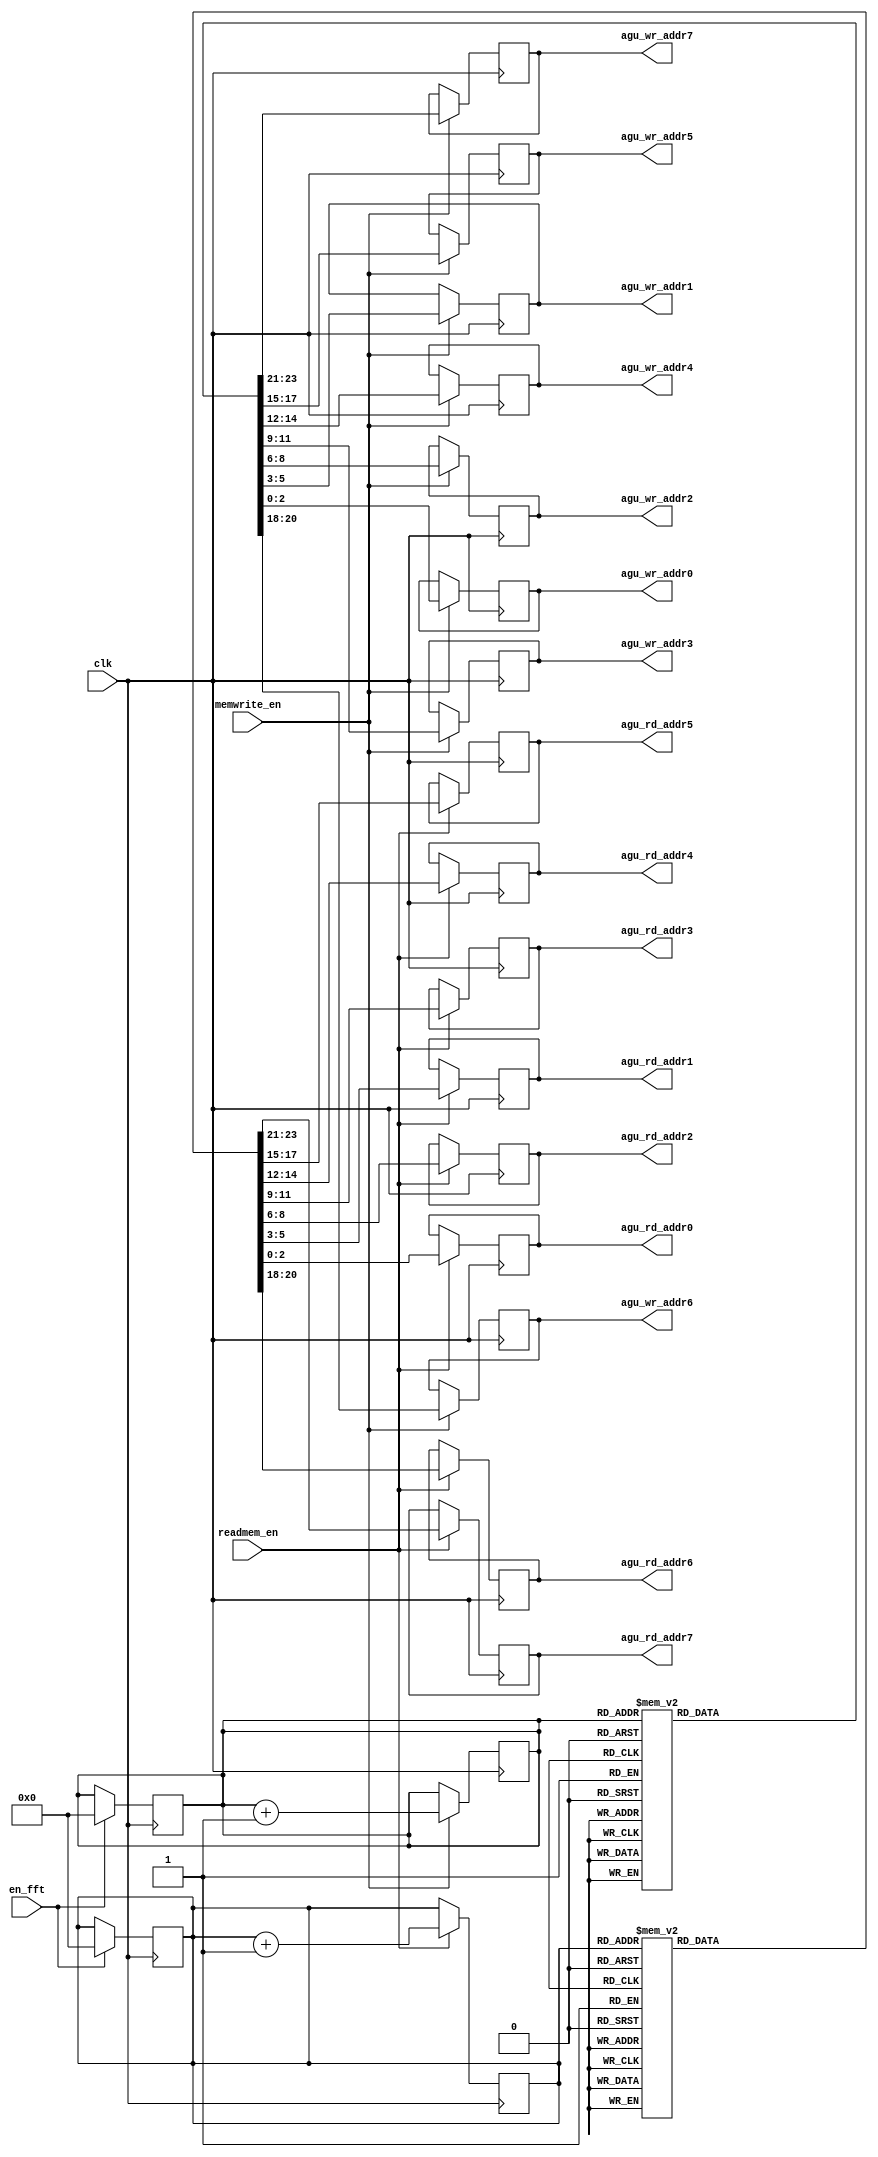
/*
-- Arish Alreja: ECE 4902 Special Problems Spring 2006
-- School of Electrical & Computer Engineering
-- Georgia Institute of Technology
-- Atlanta, GA 30332
--
-- 64 point FFT Processor 
--		
-- Address Generation Module */

module agu(
            clk,
            en_fft,
            readmem_en,
            memwrite_en,
            agu_rd_addr0,
            agu_rd_addr1,
            agu_rd_addr2,
            agu_rd_addr3,
            agu_rd_addr4,
            agu_rd_addr5,
            agu_rd_addr6,
            agu_rd_addr7,
            agu_wr_addr0,
            agu_wr_addr1,
            agu_wr_addr2,
            agu_wr_addr3,
            agu_wr_addr4,
            agu_wr_addr5,
            agu_wr_addr6,
            agu_wr_addr7
);

input clk;
input readmem_en;
input memwrite_en;
input en_fft;

output [2:0] agu_rd_addr0;
output [2:0] agu_rd_addr1;
output [2:0] agu_rd_addr2;
output [2:0] agu_rd_addr3;
output [2:0] agu_rd_addr4;
output [2:0] agu_rd_addr5;
output [2:0] agu_rd_addr6;
output [2:0] agu_rd_addr7;

output [2:0] agu_wr_addr0;
output [2:0] agu_wr_addr1;
output [2:0] agu_wr_addr2;
output [2:0] agu_wr_addr3;
output [2:0] agu_wr_addr4;
output [2:0] agu_wr_addr5;
output [2:0] agu_wr_addr6;
output [2:0] agu_wr_addr7;


reg [3:0] counter_read;
reg [3:0] counter_write;
reg [2:0] agu_read  [7:0];
reg [2:0] agu_write [7:0];

always @(posedge clk)
begin 
if (en_fft)
 begin
 counter_read = 4'b0000;
 counter_write = 4'b0000;
 end
end

always @(negedge clk)
begin
if (readmem_en)
begin
    case(counter_read)
            4'h0: begin
                  agu_read[0]<=3'h0;
                  agu_read[1]<=3'h1;
                  agu_read[2]<=3'h2;
                  agu_read[3]<=3'h3;
                  agu_read[4]<=3'h4;
                  agu_read[5]<=3'h5;
                  agu_read[6]<=3'h6;
                  agu_read[7]<=3'h7;
                  end

            4'h1: begin
                  agu_read[0]<=3'h7;
                  agu_read[1]<=3'h0;
                  agu_read[2]<=3'h1;
                  agu_read[3]<=3'h2;
                  agu_read[4]<=3'h3;
                  agu_read[5]<=3'h4;
                  agu_read[6]<=3'h5;
                  agu_read[7]<=3'h6;
              end

            4'h2: begin
                  agu_read[0]<=3'h6;
                  agu_read[1]<=3'h7;
                  agu_read[2]<=3'h0;
                  agu_read[3]<=3'h1;
                  agu_read[4]<=3'h2;
                  agu_read[5]<=3'h3;
                  agu_read[6]<=3'h4;
                  agu_read[7]<=3'h5;
                  end

            4'h3: begin
                  agu_read[0]<=3'h5;
                  agu_read[1]<=3'h6;
                  agu_read[2]<=3'h7;
                  agu_read[3]<=3'h0;
                  agu_read[4]<=3'h1;
                  agu_read[5]<=3'h2;
                  agu_read[6]<=3'h3;
                  agu_read[7]<=3'h4;
                  end

            4'h4: begin
                  agu_read[0]<=3'h4;
                  agu_read[1]<=3'h5;
                  agu_read[2]<=3'h6;
                  agu_read[3]<=3'h7;
                  agu_read[4]<=3'h0;
                  agu_read[5]<=3'h1;
                  agu_read[6]<=3'h2;
                  agu_read[7]<=3'h3;
                  end

            4'h5: begin
                  agu_read[0]<=3'h3;
                  agu_read[1]<=3'h4;
                  agu_read[2]<=3'h5;
                  agu_read[3]<=3'h6;
                  agu_read[4]<=3'h7;
                  agu_read[5]<=3'h0;
                  agu_read[6]<=3'h1;
                  agu_read[7]<=3'h2;
                  end

            4'h6: begin
                  agu_read[0]<=3'h2;
                  agu_read[1]<=3'h3;
                  agu_read[2]<=3'h4;
                  agu_read[3]<=3'h5;
                  agu_read[4]<=3'h6;
                  agu_read[5]<=3'h7;
                  agu_read[6]<=3'h0;
                  agu_read[7]<=3'h1;
                  end

            4'h7: begin
                  agu_read[0]<=3'h1;
                  agu_read[1]<=3'h2;
                  agu_read[2]<=3'h3;
                  agu_read[3]<=3'h4;
                  agu_read[4]<=3'h5;
                  agu_read[5]<=3'h6;
                  agu_read[6]<=3'h7;
                  agu_read[7]<=3'h0;
                  end
                  
            4'h8: begin
                  agu_read[0]<=3'h0;
                  agu_read[1]<=3'h0;
                  agu_read[2]<=3'h0;
                  agu_read[3]<=3'h0;
                  agu_read[4]<=3'h0;
                  agu_read[5]<=3'h0;
                  agu_read[6]<=3'h0;
                  agu_read[7]<=3'h0;
                  end
                  
            4'h9: begin
                  agu_read[0]<=3'h1;
                  agu_read[1]<=3'h1;
                  agu_read[2]<=3'h1;
                  agu_read[3]<=3'h1;
                  agu_read[4]<=3'h1;
                  agu_read[5]<=3'h1;
                  agu_read[6]<=3'h1;
                  agu_read[7]<=3'h1;
                  end
                  
            4'ha: begin
                  agu_read[0]<=3'h2;
                  agu_read[1]<=3'h2;
                  agu_read[2]<=3'h2;
                  agu_read[3]<=3'h2;
                  agu_read[4]<=3'h2;
                  agu_read[5]<=3'h2;
                  agu_read[6]<=3'h2;
                  agu_read[7]<=3'h2;
                  end

            4'hb: begin
                  agu_read[0]<=3'h3;
                  agu_read[1]<=3'h3;
                  agu_read[2]<=3'h3;
                  agu_read[3]<=3'h3;
                  agu_read[4]<=3'h3;
                  agu_read[5]<=3'h3;
                  agu_read[6]<=3'h3;
                  agu_read[7]<=3'h3;
            end

            4'hc:begin
                  agu_read[0]<=3'h4;
                  agu_read[1]<=3'h4;
                  agu_read[2]<=3'h4;
                  agu_read[3]<=3'h4;
                  agu_read[4]<=3'h4;
                  agu_read[5]<=3'h4;
                  agu_read[6]<=3'h4;
                  agu_read[7]<=3'h4;
                  end

            4'hd:begin
                  agu_read[0]<=3'h5;
                  agu_read[1]<=3'h5;
                  agu_read[2]<=3'h5;
                  agu_read[3]<=3'h5;
                  agu_read[4]<=3'h5;
                  agu_read[5]<=3'h5;
                  agu_read[6]<=3'h5;
                  agu_read[7]<=3'h5;
                  end
            
            4'he:begin
                  agu_read[0]<=3'h6;
                  agu_read[1]<=3'h6;
                  agu_read[2]<=3'h6;
                  agu_read[3]<=3'h6;
                  agu_read[4]<=3'h6;
                  agu_read[5]<=3'h6;
                  agu_read[6]<=3'h6;
                  agu_read[7]<=3'h6;
                  end

            4'hf:begin
                  agu_read[0]<=3'h7;
                  agu_read[1]<=3'h7;
                  agu_read[2]<=3'h7;
                  agu_read[3]<=3'h7;
                  agu_read[4]<=3'h7;
                  agu_read[5]<=3'h7;
                  agu_read[6]<=3'h7;
                  agu_read[7]<=3'h7;
                  end
    endcase
    counter_read<=counter_read+1;
end
end

always @(negedge clk)
begin
if (memwrite_en)
begin
    case(counter_write)
            4'h0: begin
                  agu_write[0]<=3'h0;
                  agu_write[1]<=3'h1;
                  agu_write[2]<=3'h2;
                  agu_write[3]<=3'h3;
                  agu_write[4]<=3'h4;
                  agu_write[5]<=3'h5;
                  agu_write[6]<=3'h6;
                  agu_write[7]<=3'h7;
                  end

            4'h1: begin
                  agu_write[0]<=3'h7;
                  agu_write[1]<=3'h0;
                  agu_write[2]<=3'h1;
                  agu_write[3]<=3'h2;
                  agu_write[4]<=3'h3;
                  agu_write[5]<=3'h4;
                  agu_write[6]<=3'h5;
                  agu_write[7]<=3'h6;
              end

            4'h2: begin
                  agu_write[0]<=3'h6;
                  agu_write[1]<=3'h7;
                  agu_write[2]<=3'h0;
                  agu_write[3]<=3'h1;
                  agu_write[4]<=3'h2;
                  agu_write[5]<=3'h3;
                  agu_write[6]<=3'h4;
                  agu_write[7]<=3'h5;
                  end

            4'h3: begin
                  agu_write[0]<=3'h5;
                  agu_write[1]<=3'h6;
                  agu_write[2]<=3'h7;
                  agu_write[3]<=3'h0;
                  agu_write[4]<=3'h1;
                  agu_write[5]<=3'h2;
                  agu_write[6]<=3'h3;
                  agu_write[7]<=3'h4;
                  end

            4'h4: begin
                  agu_write[0]<=3'h4;
                  agu_write[1]<=3'h5;
                  agu_write[2]<=3'h6;
                  agu_write[3]<=3'h7;
                  agu_write[4]<=3'h0;
                  agu_write[5]<=3'h1;
                  agu_write[6]<=3'h2;
                  agu_write[7]<=3'h3;
                  end

            4'h5: begin
                  agu_write[0]<=3'h3;
                  agu_write[1]<=3'h4;
                  agu_write[2]<=3'h5;
                  agu_write[3]<=3'h6;
                  agu_write[4]<=3'h7;
                  agu_write[5]<=3'h0;
                  agu_write[6]<=3'h1;
                  agu_write[7]<=3'h2;
                  end

            4'h6: begin
                  agu_write[0]<=3'h2;
                  agu_write[1]<=3'h3;
                  agu_write[2]<=3'h4;
                  agu_write[3]<=3'h5;
                  agu_write[4]<=3'h6;
                  agu_write[5]<=3'h7;
                  agu_write[6]<=3'h0;
                  agu_write[7]<=3'h1;
                  end

            4'h7: begin
                  agu_write[0]<=3'h1;
                  agu_write[1]<=3'h2;
                  agu_write[2]<=3'h3;
                  agu_write[3]<=3'h4;
                  agu_write[4]<=3'h5;
                  agu_write[5]<=3'h6;
                  agu_write[6]<=3'h7;
                  agu_write[7]<=3'h0;
                  end
                  
            4'h8: begin
                  agu_write[0]<=3'h0;
                  agu_write[1]<=3'h0;
                  agu_write[2]<=3'h0;
                  agu_write[3]<=3'h0;
                  agu_write[4]<=3'h0;
                  agu_write[5]<=3'h0;
                  agu_write[6]<=3'h0;
                  agu_write[7]<=3'h0;
                  end
                  
            4'h9: begin
                  agu_write[0]<=3'h1;
                  agu_write[1]<=3'h1;
                  agu_write[2]<=3'h1;
                  agu_write[3]<=3'h1;
                  agu_write[4]<=3'h1;
                  agu_write[5]<=3'h1;
                  agu_write[6]<=3'h1;
                  agu_write[7]<=3'h1;
                  end
                  
            4'ha: begin
                  agu_write[0]<=3'h2;
                  agu_write[1]<=3'h2;
                  agu_write[2]<=3'h2;
                  agu_write[3]<=3'h2;
                  agu_write[4]<=3'h2;
                  agu_write[5]<=3'h2;
                  agu_write[6]<=3'h2;
                  agu_write[7]<=3'h2;
                  end

            4'hb: begin
                  agu_write[0]<=3'h3;
                  agu_write[1]<=3'h3;
                  agu_write[2]<=3'h3;
                  agu_write[3]<=3'h3;
                  agu_write[4]<=3'h3;
                  agu_write[5]<=3'h3;
                  agu_write[6]<=3'h3;
                  agu_write[7]<=3'h3;
            end

            4'hc:begin
                  agu_write[0]<=3'h4;
                  agu_write[1]<=3'h4;
                  agu_write[2]<=3'h4;
                  agu_write[3]<=3'h4;
                  agu_write[4]<=3'h4;
                  agu_write[5]<=3'h4;
                  agu_write[6]<=3'h4;
                  agu_write[7]<=3'h4;
                  end

            4'hd:begin
                  agu_write[0]<=3'h5;
                  agu_write[1]<=3'h5;
                  agu_write[2]<=3'h5;
                  agu_write[3]<=3'h5;
                  agu_write[4]<=3'h5;
                  agu_write[5]<=3'h5;
                  agu_write[6]<=3'h5;
                  agu_write[7]<=3'h5;
                  end
            
            4'he:begin
                  agu_write[0]<=3'h6;
                  agu_write[1]<=3'h6;
                  agu_write[2]<=3'h6;
                  agu_write[3]<=3'h6;
                  agu_write[4]<=3'h6;
                  agu_write[5]<=3'h6;
                  agu_write[6]<=3'h6;
                  agu_write[7]<=3'h6;
                  end

            4'hf:begin
                  agu_write[0]<=3'h7;
                  agu_write[1]<=3'h7;
                  agu_write[2]<=3'h7;
                  agu_write[3]<=3'h7;
                  agu_write[4]<=3'h7;
                  agu_write[5]<=3'h7;
                  agu_write[6]<=3'h7;
                  agu_write[7]<=3'h7;
                  end
    endcase

    counter_write<=counter_write+1;
end
end

assign agu_rd_addr0=agu_read[0];
assign agu_rd_addr1=agu_read[1];
assign agu_rd_addr2=agu_read[2];
assign agu_rd_addr3=agu_read[3];
assign agu_rd_addr4=agu_read[4];
assign agu_rd_addr5=agu_read[5];
assign agu_rd_addr6=agu_read[6];
assign agu_rd_addr7=agu_read[7];

assign agu_wr_addr0=agu_write[0];
assign agu_wr_addr1=agu_write[1];
assign agu_wr_addr2=agu_write[2];
assign agu_wr_addr3=agu_write[3];
assign agu_wr_addr4=agu_write[4];
assign agu_wr_addr5=agu_write[5];
assign agu_wr_addr6=agu_write[6];
assign agu_wr_addr7=agu_write[7];


endmodule